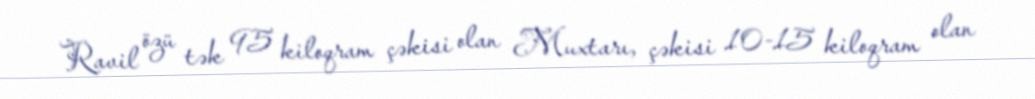
Ravil özü tək 95 kiloqram çəkisi olan Muxtarı, çəkisi 10-15 kiloqram olan